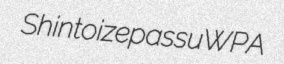
Shintoize passu WPA